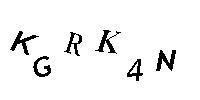
KGRK4N